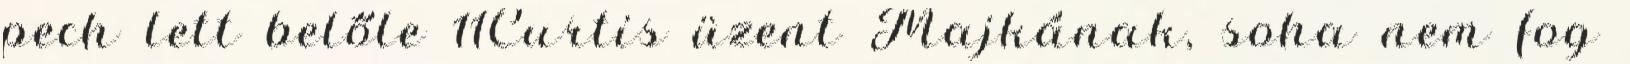
pech lett belőle 11Curtis üzent Majkának, soha nem fog